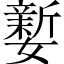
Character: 𡣎